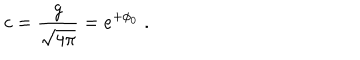
LaTeX: c = \frac { g } { \sqrt { 4 \pi } } = e ^ { + \phi _ { 0 } } \; .